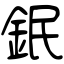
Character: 鈱